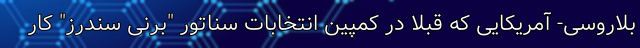
بلاروسی- آمریکایی که قبلا در کمپین انتخابات سناتور "برنی سندرز" کار